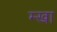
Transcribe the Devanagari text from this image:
म्खा